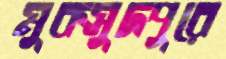
মুকসুদপুরে